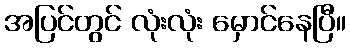
အပြင်တွင် လုံးလုံး မှောင်နေပြီ။